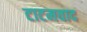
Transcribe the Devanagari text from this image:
टाटमवाद